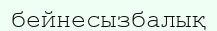
бейнесызбалық